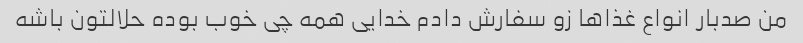
من صدبار انواع غذاها زو سفارش دادم خدایی همه چی خوب بوده حلالتون باشه